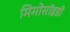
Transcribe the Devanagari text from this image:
मिमोसॉइडी